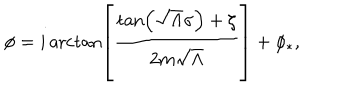
\phi = i \operatorname { a r c t a n } \left[ \frac { \tan \left( \sqrt { \Lambda } \sigma \right) + \zeta } { 2 m \sqrt { \Lambda } } \right] + \phi _ { * } ,